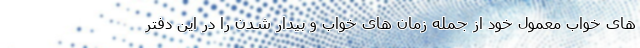
های خواب معمول خود از جمله زمان های خواب و بیدار شدن را در این دفتر